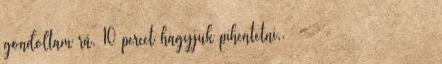
gondoltam rá. 10 percet hagyjuk pihentetni,. Зображення для запиту